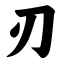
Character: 刃